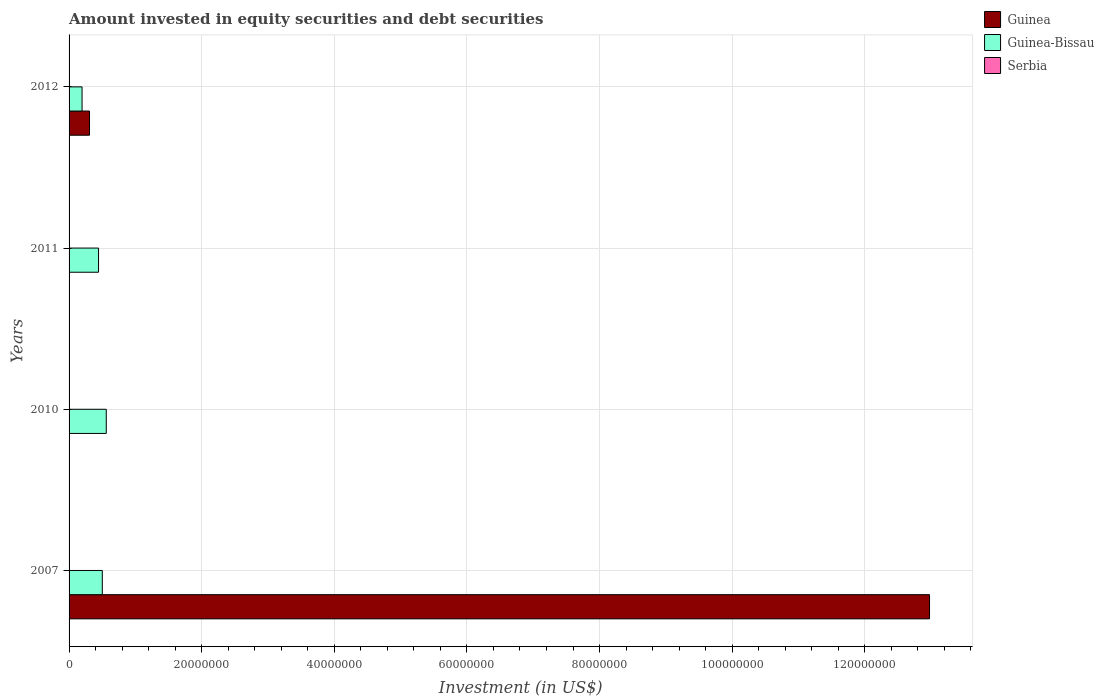
| Years | Guinea | Guinea-Bissau | Serbia |
 | --- | --- | --- | --- |
 | 2007 | 1.3e+08 | 5.01e+06 | -9.28e+08 |
 | 2010 | -1.31e+06 | 5.61e+06 | -8.83e+07 |
 | 2011 | -2.12e+08 | 4.45e+06 | -2.23e+09 |
 | 2012 | 3.08e+06 | 1.96e+06 | -2.24e+09 |